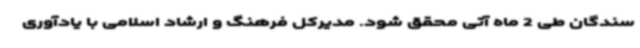
سندگان طی 2 ماه آتی محقق شود. مدیرکل فرهنگ و ارشاد اسلامی با یادآوری